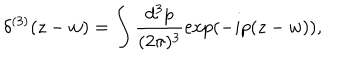
\delta ^ { ( 3 ) } ( z - w ) = \int \frac { d ^ { 3 } p } { ( 2 \pi ) ^ { 3 } } \exp ( - i p ( z - w ) ) ,